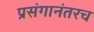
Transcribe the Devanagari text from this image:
प्रसंगानंतरच